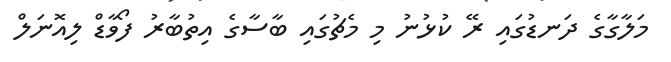
މަލާގާގެ ދަނޑުގައި ރޭ ކުޅުނު މި މެޗުގައި ބާސާގެ އިތުބާރު ފޯވާޑް ލިއޮނަލް